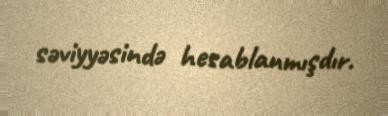
səviyyəsində hesablanmışdır.